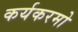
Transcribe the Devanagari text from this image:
कर्यकरमो